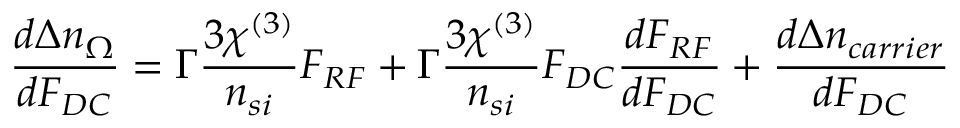
\frac { d \Delta n _ { \Omega } } { d F _ { D C } } = \Gamma \frac { 3 \chi ^ { ( 3 ) } } { n _ { s i } } F _ { R F } + \Gamma \frac { 3 \chi ^ { ( 3 ) } } { n _ { s i } } F _ { D C } \frac { d F _ { R F } } { d F _ { D C } } + \frac { d \Delta n _ { c a r r i e r } } { d F _ { D C } }